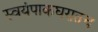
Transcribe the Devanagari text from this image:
स्वयंपाकघरातच